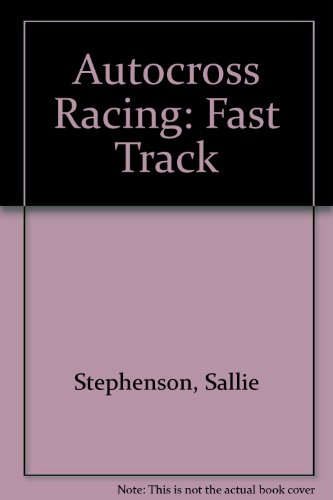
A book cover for Autocross Racing (Fast Track); Sallie Stephenson; Teen & Young Adult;